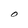
Character: O